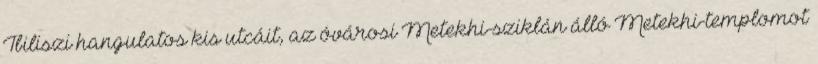
Tbiliszi hangulatos kis utcáit, az óvárosi Metekhi-sziklán álló Metekhi-templomot